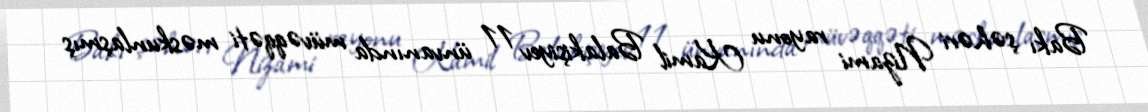
Bakı şəhəri Nizami rayonu Kamil Balakişiyev 11 ünvanında müvəqqəti məskunlaşmış